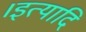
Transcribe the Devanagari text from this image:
।इत्यादि